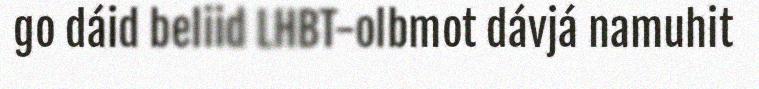
go dáid beliid LHBT-olbmot dávjá namuhit